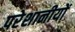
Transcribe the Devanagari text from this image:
परेशानीयों